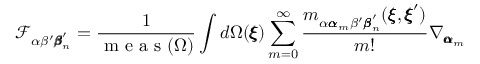
\mathcal { F } _ { \alpha \beta ^ { \prime } { \pmb \beta } _ { n } ^ { \prime } } = \frac { 1 } { \mathrm { ~ m ~ e ~ a ~ s ~ } ( { \Omega } ) } \int d \Omega ( { \pmb \xi } ) \sum _ { m = 0 } ^ { \infty } \frac { m _ { \alpha { \pmb \alpha } _ { m } \beta ^ { \prime } { \pmb \beta } _ { n } ^ { \prime } } ( { \pmb \xi } , { \pmb \xi } ^ { \prime } ) } { m ! } \nabla _ { { \pmb \alpha } _ { m } }